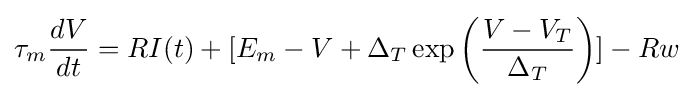
\tau _{m}{\frac {dV}{dt}}=RI(t)+[E_{m}-V+\Delta _{T}\exp \left({\frac {V-V_{T}}{\Delta _{T}}}\right)]-Rw